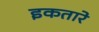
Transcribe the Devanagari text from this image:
इकतारे